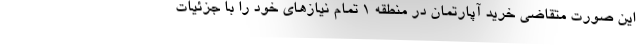
این صورت متقاضی خرید آپارتمان در منطقه 1 تمام نیازهای خود را با جزئیات